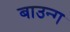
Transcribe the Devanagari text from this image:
बाउन्ग